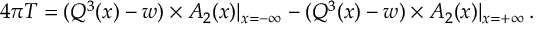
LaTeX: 4 \pi T = ( Q ^ { 3 } ( x ) - w ) \times A _ { 2 } ( x ) | _ { x = - \infty } - ( Q ^ { 3 } ( x ) - w ) \times A _ { 2 } ( x ) | _ { x = + \infty } \, .